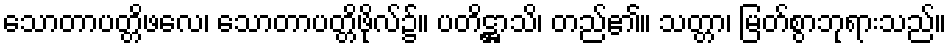
သောတာပတ္တိဖလေ၊ သောတာပတ္တိဖိုလ်၌။ ပတိဋ္ဌာသိ၊ တည်၏။ သတ္တာ၊ မြတ်စွာဘုရားသည်။